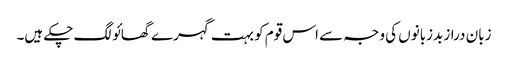
زبان دراز بدزبانوں کی وجہ سے اس قوم کو بہت گہرے گھائو لگ چکے ہیں۔